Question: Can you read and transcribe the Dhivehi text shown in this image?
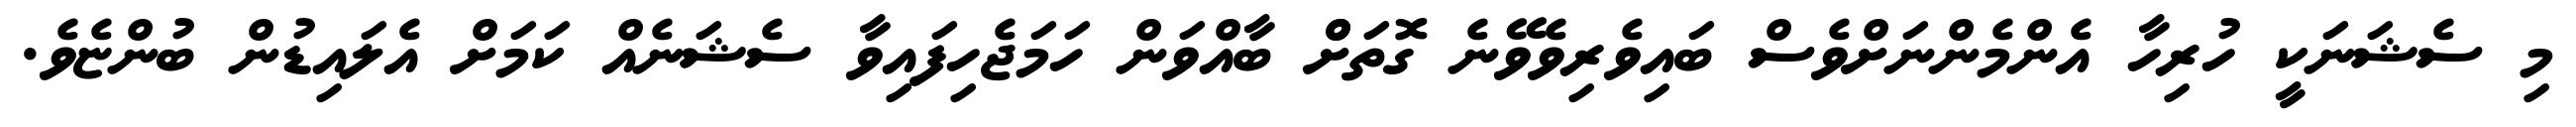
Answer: މި ސެޝަނަކީ ހުރިހާ އެންމެންނަށްވެސް ބައިވެރިވެވޭނެ ގޮތަށްް ބާއްވަން ހަމަޖެހިފައިވާ ސެޝަނެއް ކަމަށް އެލައިޑުން ބުންޏެވެ.